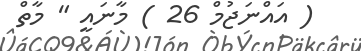
( އައްނަޖުމް 26 ) މާނައީ " މާތް